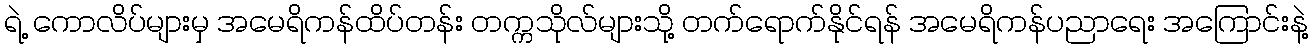
ရဲ့ ကောလိပ်များမှ အမေရိကန်ထိပ်တန်း တက္ကသိုလ်များသို့ တက်ရောက်နိုင်ရန် အမေရိကန်ပညာရေး အကြောင်းနဲ့